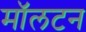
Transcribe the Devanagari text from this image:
मॉलटन